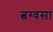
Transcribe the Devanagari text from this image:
त्वग्वसा